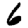
Digit: 6